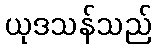
ယုဒသန်သည်